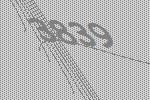
3839